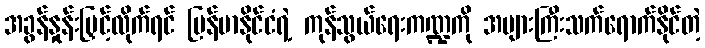
အခွန်နှုန်းမြှင့်လိုက်ရင် မြန်မာနိုင်ငံရဲ့ ကုန်သွယ်ရေးကဏ္ဍကို အများကြီးသက်ရောက်နိုင်တဲ့